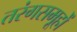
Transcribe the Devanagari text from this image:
तरंगसमूहों